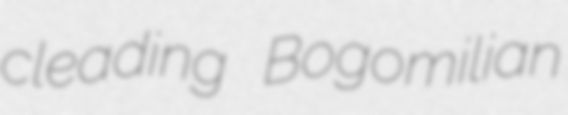
cleading Bogomilian